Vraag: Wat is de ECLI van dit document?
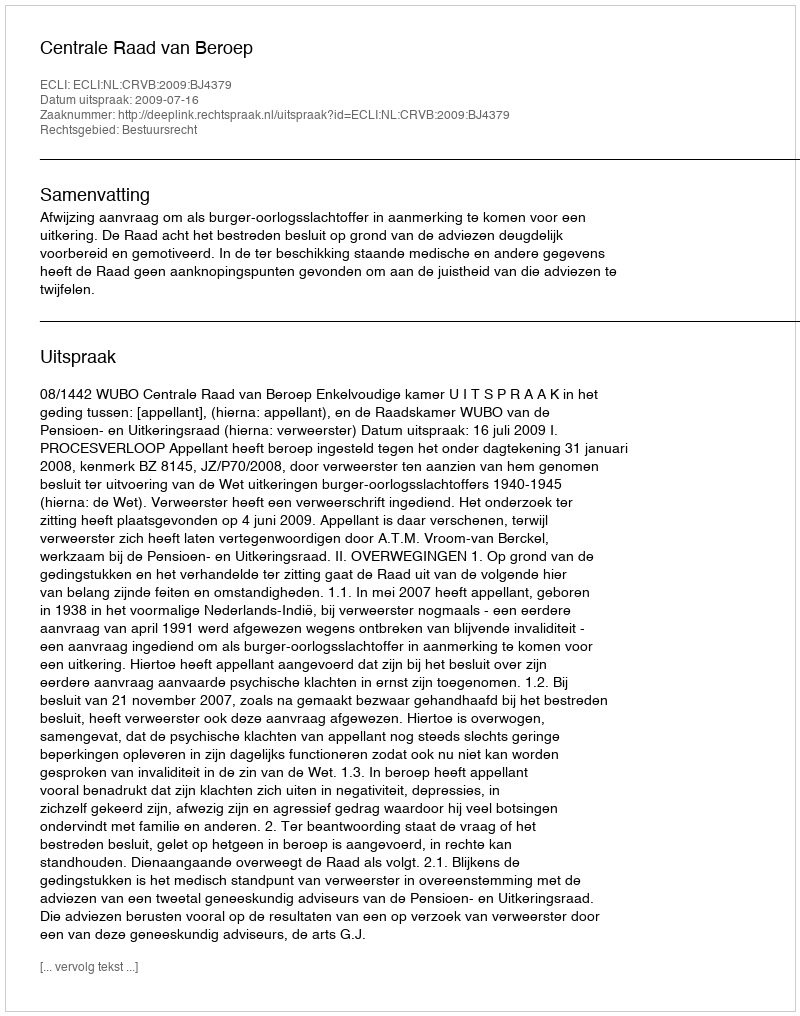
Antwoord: ECLI:NL:CRVB:2009:BJ4379